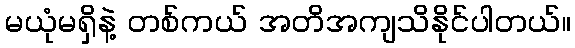
မယုံမရှိနဲ့ တစ်ကယ် အတိအကျသိနိုင်ပါတယ်။